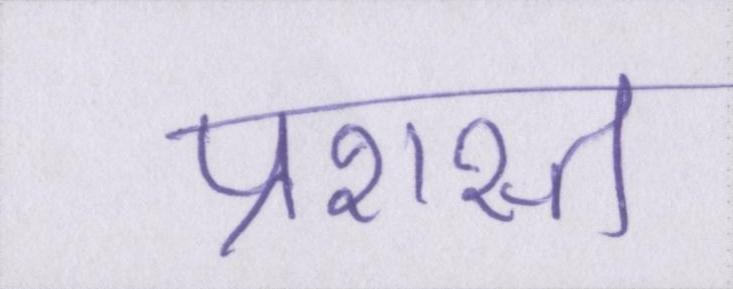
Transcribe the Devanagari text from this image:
प्रशस्त